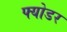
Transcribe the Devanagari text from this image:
फ्योडर